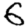
Digit: 6